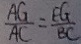
\frac { A G } { A C } = \frac { E G } { B C }